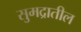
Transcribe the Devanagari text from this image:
सुमद्रातील